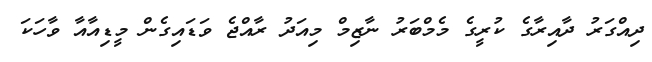
ދިއްގަރު ދާއިރާގެ ކުރީގެ މެމްބަރު ނާޒިމް މިއަދު ރާއްޖެ ވަޑައިގެން މީޑިއާއާ ވާހަކަ